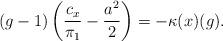
LaTeX: \begin{align*}(g-1)\left(\frac{c_x}{\pi_1}-\frac{a^2}{2}\right)= -\kappa(x)(g).\end{align*}